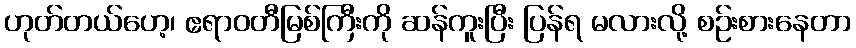
ဟုတ်တယ်ဟေ့၊ ဧရာဝတီမြစ်ကြီးကို ဆန်ကူးပြီး ပြန်ရ မလားလို့ စဉ်းစားနေတာ